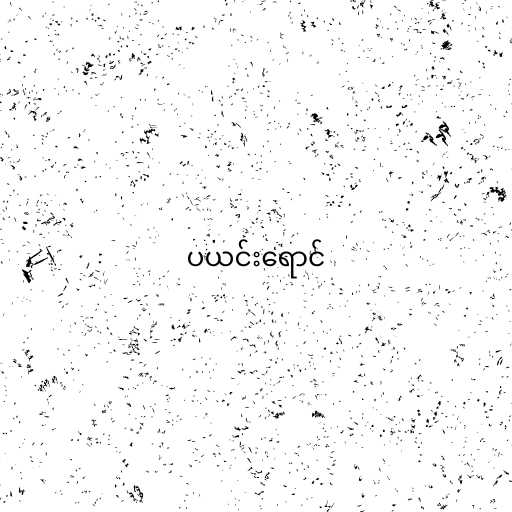
ပယင်းရောင်